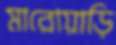
মারোয়াড়ি